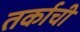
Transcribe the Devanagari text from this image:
तर्काची